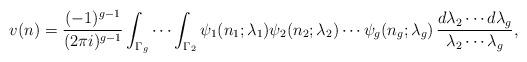
LaTeX: \begin{align*}v(n) = \frac{(-1)^{g-1}}{(2 \pi i)^{g-1}} \int_{\Gamma_g} \cdots \int_{\Gamma_2}\psi_1(n_1; \lambda_1) \psi_2(n_2; \lambda_2) \cdots \psi_g(n_g; \lambda_g) \,\frac{d\lambda_2 \cdots d\lambda_g}{\lambda_2 \cdots \lambda_g},\end{align*}